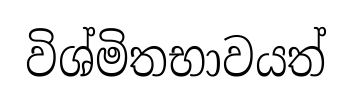
විශ්මිතභාවයත්